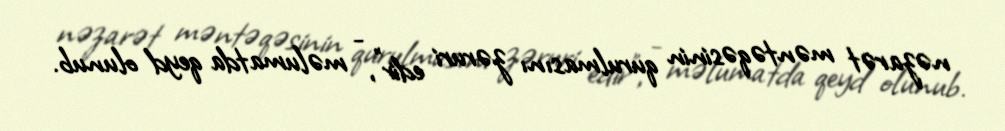
nəzarət məntəqəsinin qurulmasını zəruri edir”, - məlumatda qeyd olunub.